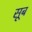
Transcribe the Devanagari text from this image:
सूब